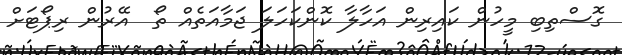
ގޮސްތިބި މީހުން ކައިރިން އަހާލާ ކޮންކަހަލަ ޖަމާއަތެއް ތޯ  އޭރުން ރިޕޯޓަށް